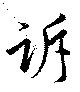
訴